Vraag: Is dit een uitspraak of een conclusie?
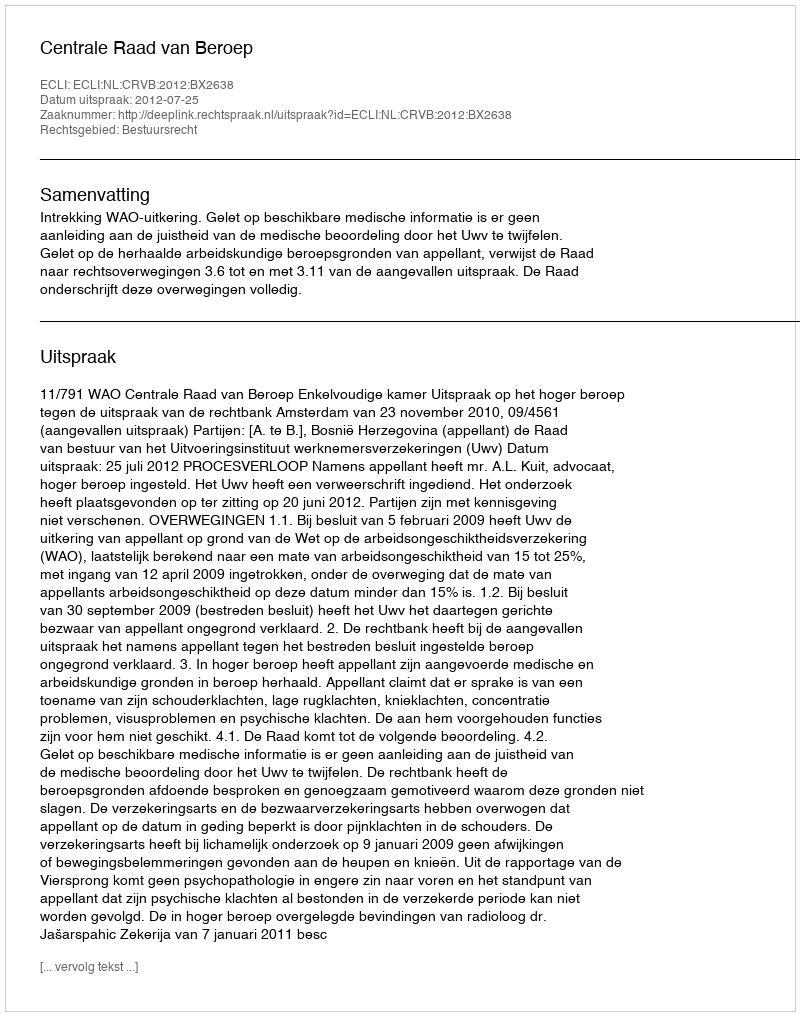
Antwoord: Uitspraak